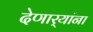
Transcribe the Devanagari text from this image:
देणार्‍यांना